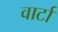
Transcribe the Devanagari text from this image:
वार्टा